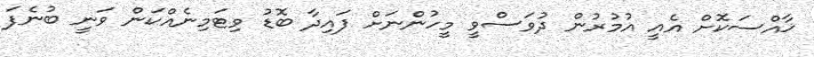
ޚާއްސަކޮށް އެއީ އުމުރުން ދުވަސްވީ މީހުންނަށް ފައިދާ ބޮޑު ވިޓަމިނެއްކަން ވަނީ ބުނެފަ